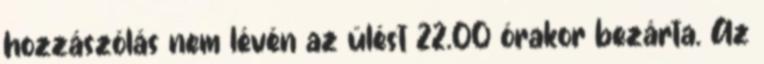
hozzászólás nem lévén az ülést 22.00 órakor bezárta. Az